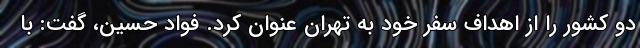
دو کشور را از اهداف سفر خود به تهران عنوان کرد. فواد حسین، گفت: با